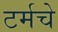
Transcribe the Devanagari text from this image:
टर्मचे